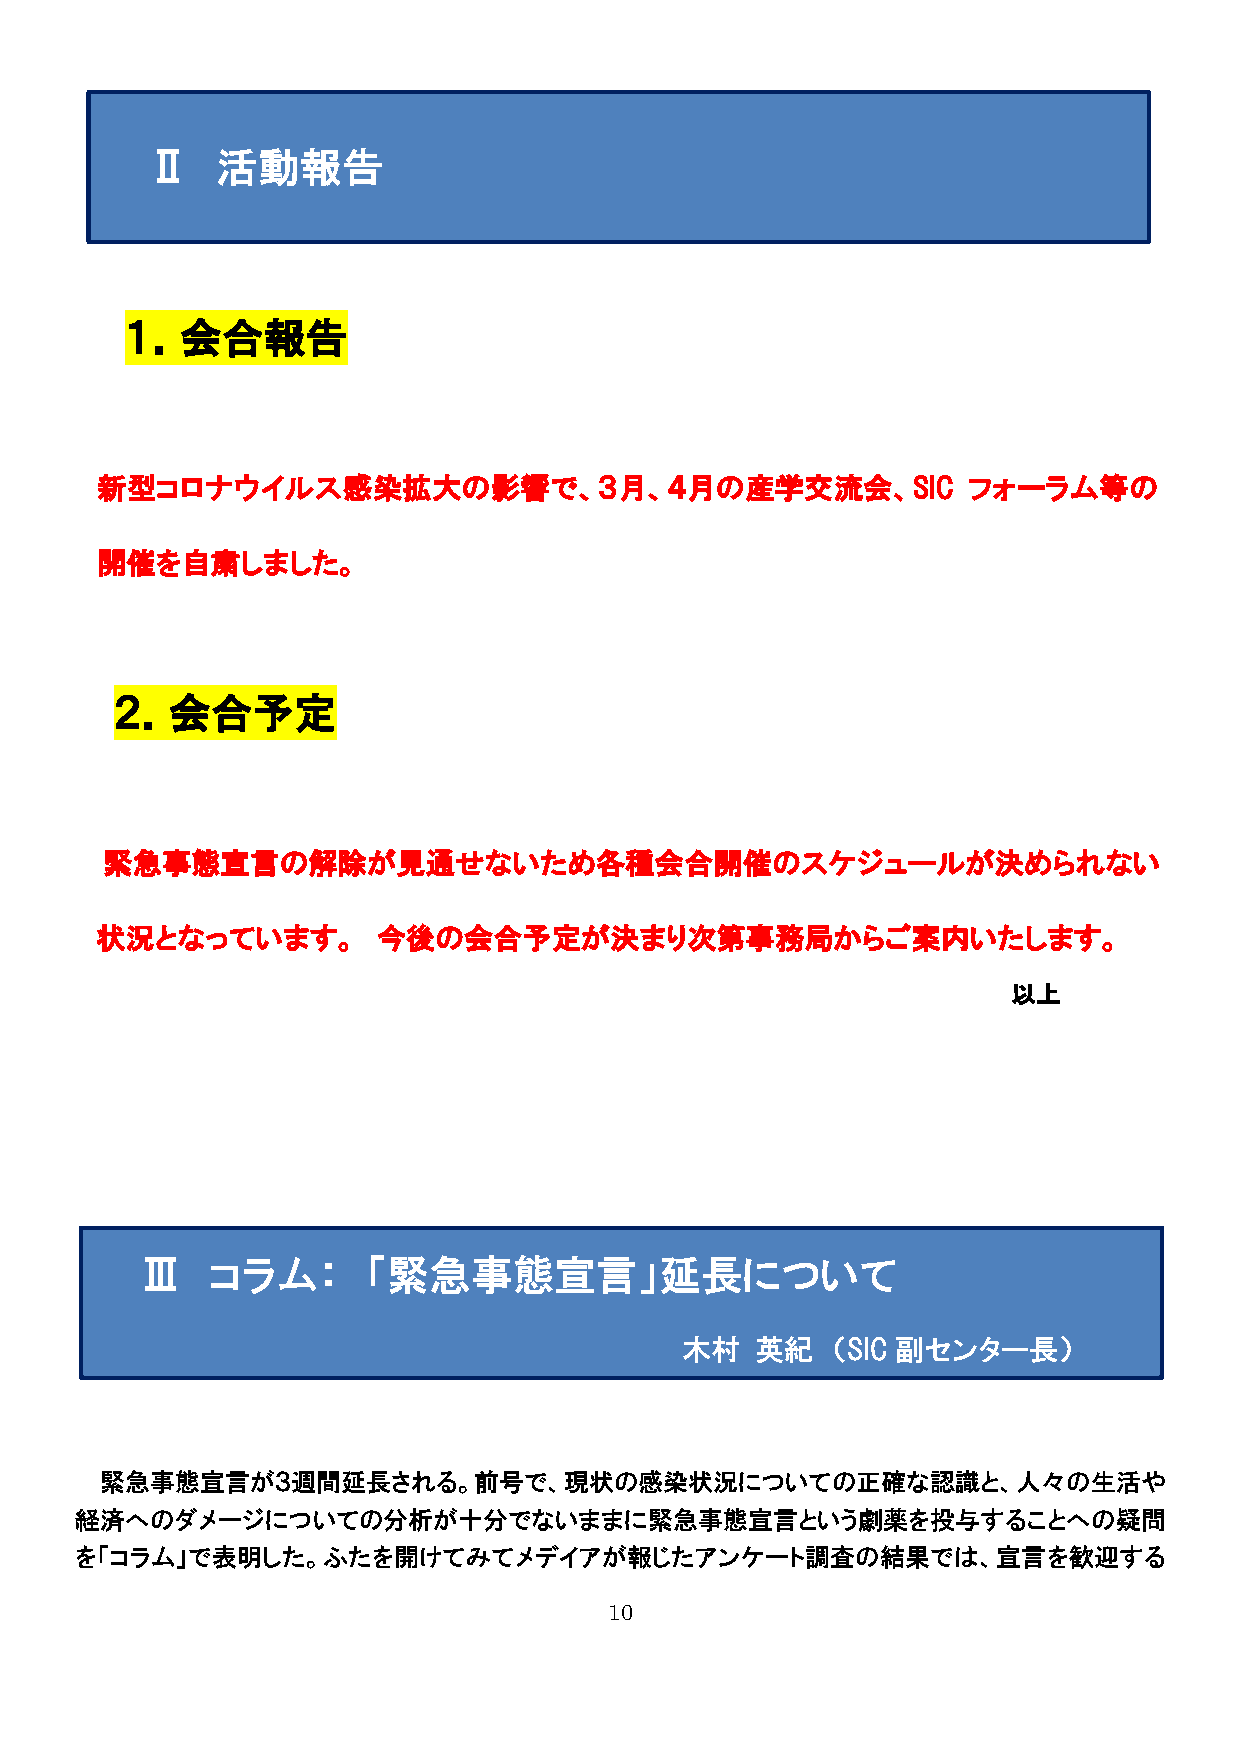
Ⅱ   活動報告
 １．会合報告
 新型コロナウイルス感染拡大の影響で、３月、４月の産学交流会、SIC                         フォーラム等の
 開催を自粛しました。
 ２．会合予定
 緊急事態宣言の解除が見通せないため各種会合開催のスケジュールが決められない
 状況となっています。         今後の会合予定が決まり次第事務局からご案内いたします。
 以上
 Ⅲ    コラム：      「緊急事態宣言」延長について
 木村   英紀   （SIC 副センター長）
 緊急事態宣言が３週間延長される。前号で、現状の感染状況についての正確な認識と、人々の生活や
 経済へのダメージについての分析が十分でないままに緊急事態宣言という劇薬を投与することへの疑問
 を「コラム」で表明した。ふたを開けてみてメデイアが報じたアンケート調査の結果では、宣言を歓迎する
 10